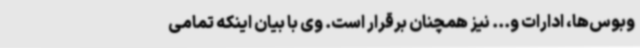
وبوس‌ها، ادارات و... نیز همچنان برقرار است. وی با بیان اینکه تمامی